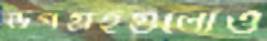
উপগ্রহগুলোও